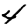
Digit: 4